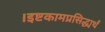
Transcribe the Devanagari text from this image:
।इष्टकामप्रसिद्ध्यर्थं